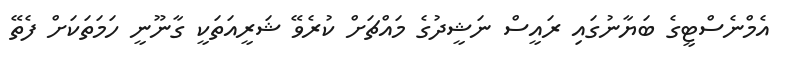
އެމްނެސްޓީގެ ބަޔާނުގައި ރައީސް ނަޝީދުގެ މައްޗަށް ކުރެވޭ ޝަރީއަތަކީ ގާނޫނީ ހަމަތަކަށް ފެތޭ